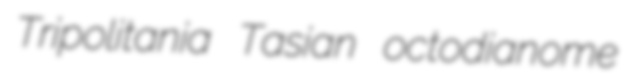
Tripolitania Tasian octodianome